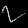
Digit: ၇